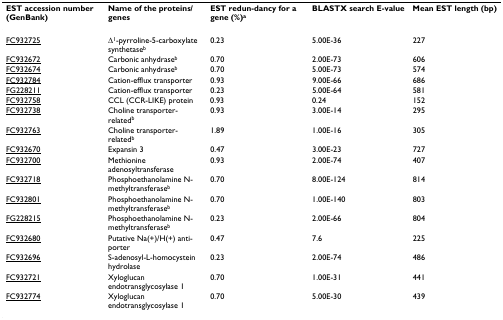
<table><thead><tr><td><b>EST accession number (GenBank)</b></td><td><b>Name of the proteins/genes</b></td><td><b>EST redun-dancy for a gene (%)<sup>a</sup></b></td><td><b>BLASTX search E-value</b></td><td><b>Mean EST length (bp)</b></td></tr></thead><tbody><tr><td>FC932725</td><td>Δ<sup>1</sup>-pyrroline-5-carboxylate synthetase<sup>b</sup></td><td>0.23</td><td>5.00E-36</td><td>227</td></tr><tr><td>FC932672</td><td>Carbonic anhydrase<sup>b</sup></td><td>0.70</td><td>2.00E-73</td><td>606</td></tr><tr><td>FC932674</td><td>Carbonic anhydrase<sup>b</sup></td><td>0.70</td><td>5.00E-73</td><td>574</td></tr><tr><td>FC932784</td><td>Cation-efflux transporter</td><td>0.93</td><td>9.00E-66</td><td>686</td></tr><tr><td>FG228211</td><td>Cation-efflux transporter</td><td>0.23</td><td>5.00E-64</td><td>581</td></tr><tr><td>FC932758</td><td>CCL (CCR-LIKE) protein</td><td>0.93</td><td>0.24</td><td>152</td></tr><tr><td>FC932738</td><td>Choline transporter-related<sup>b</sup></td><td>0.93</td><td>3.00E-14</td><td>295</td></tr><tr><td>FC932763</td><td>Choline transporter-related<sup>b</sup></td><td>1.89</td><td>1.00E-16</td><td>305</td></tr><tr><td>FC932670</td><td>Expansin 3</td><td>0.47</td><td>3.00E-23</td><td>727</td></tr><tr><td>FC932700</td><td>Methionine adenosyltransferase</td><td>0.93</td><td>2.00E-74</td><td>407</td></tr><tr><td>FC932718</td><td>Phosphoethanolamine N-methyltransferase<sup>b</sup></td><td>0.70</td><td>8.00E-124</td><td>814</td></tr><tr><td>FC932801</td><td>Phosphoethanolamine N-methyltransferase<sup>b</sup></td><td>0.70</td><td>1.00E-140</td><td>803</td></tr><tr><td>FG228215</td><td>Phosphoethanolamine N-methyltransferase<sup>b</sup></td><td>0.23</td><td>2.00E-66</td><td>804</td></tr><tr><td>FC932680</td><td>Putative Na(+)/H(+) anti-porter</td><td>0.47</td><td>7.6</td><td>225</td></tr><tr><td>FC932696</td><td>S-adenosyl-L-homocystein hydrolase</td><td>0.23</td><td>2.00E-74</td><td>486</td></tr><tr><td>FC932721</td><td>Xyloglucan endotransglycosylase 1</td><td>0.70</td><td>1.00E-31</td><td>441</td></tr><tr><td>FC932774</td><td>Xyloglucan endotransglycosylase 1</td><td>0.70</td><td>5.00E-30</td><td>439</td></tr></tbody></table>